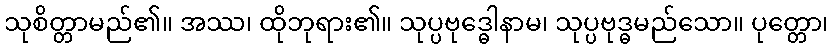
သုစိတ္တာမည်၏။ အဿ၊ ထိုဘုရား၏။ သုပ္ပဗုဒ္ဓေါနာမ၊ သုပ္ပဗုဒ္ဓမည်သော။ ပုတ္တော၊